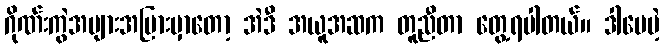
ဂိုဏ်းကွဲအများအပြားမှာတော့ အဲဒီ အယူအဆက တူညီတာ တွေ့ရပါတယ်။ ဒါပေမဲ့